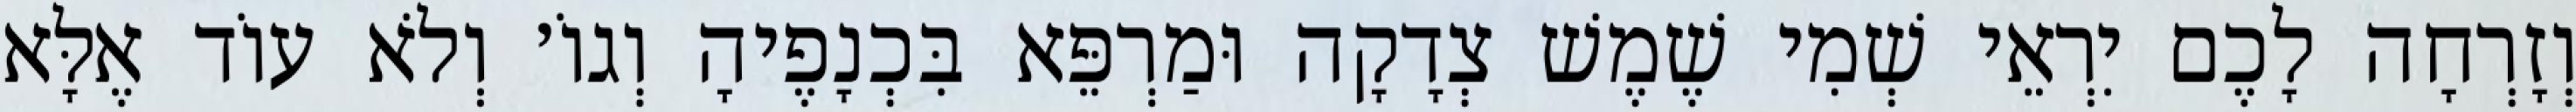
וְזָרְחָה לָכֶם יִרְאֵי שְׁמִי שֶׁמֶשׁ צְדָקָה וּמַרְפֵּא בִּכְנָפֶיהָ וְגוֹ׳ וְלֹא עוֹד אֶלָּא